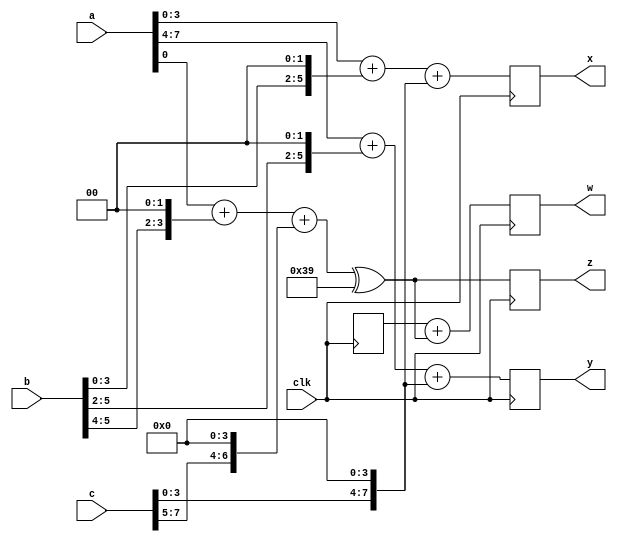

module task_func_test01(clk, a, b, c, x, y, z, w);

input clk;
input [7:0] a, b, c;
output reg [7:0] x, y, z, w;

function [7:0] sum_shift;
input [3:0] s1, s2, s3;
sum_shift = s1 + (s2 << 2) + (s3 << 4);
endfunction

task reset_w;
w = 0;
endtask

task add_to;
output [7:0] out;
input [7:0] in;
out = out + in;
endtask

always @(posedge clk) begin
	x = sum_shift(a, b, c);
	y = sum_shift(a[7:4], b[5:2], c[3:0]);
	z = sum_shift(a[0], b[5:4], c >> 5) ^ sum_shift(1, 2, 3);

	reset_w;
	add_to(w, x);
	add_to(w, y);
	add_to(w, z);
end

endmodule

// -------------------------------------------------------------------

module task_func_test02(clk, a, b, c, x, y, z, w);

input clk;
input [7:0] a, b, c;
output reg [7:0] x, y, z, w;

function [7:0] sum_shift(input [3:0] s1, s2, s3);
sum_shift = s1 + (s2 << 2) + (s3 << 4);
endfunction

task reset_w;
w = 0;
endtask

task add_to(output [7:0] out, input [7:0] in);
out = out + in;
endtask

always @(posedge clk) begin
	x = sum_shift(a, b, c);
	y = sum_shift(a[7:4], b[5:2], c[3:0]);
	z = sum_shift(a[0], b[5:4], c >> 5) ^ sum_shift(1, 2, 3);

	reset_w;
	add_to(w, x);
	add_to(w, y);
	add_to(w, z);
end

endmodule

// -------------------------------------------------------------------

module task_func_test03(input [7:0] din_a, input [7:0] din_b, output [7:0] dout_a);
	assign dout_a = test(din_a,din_b);
	function [7:0] test;
		input [7:0] a;
		input [7:0] b;
		begin : TEST
			integer i;
			for (i = 0; i <= 7; i = i + 1)
				test[i] = a[i] & b[i];
		end
	endfunction
endmodule

// -------------------------------------------------------------------

module task_func_test04(input [7:0] in, output [7:0] out1, out2, out3, out4);
	parameter p = 23;
	parameter px = 42;
	function [7:0] test1;
		input [7:0] i;
		parameter p = 42;
		begin
			test1 = i + p;
		end
	endfunction
	function [7:0] test2;
		input [7:0] i;
		parameter p2 = p+42;
		begin
			test2 = i + p2;
		end
	endfunction
	function [7:0] test3;
		input [7:0] i;
		begin
			test3 = i + p;
		end
	endfunction
	function [7:0] test4;
		input [7:0] i;
		parameter px = p + 13;
		parameter p3 = px - 37;
		parameter p4 = p3 ^ px;
		begin
			test4 = i + p4;
		end
	endfunction
	assign out1 = test1(in);
	assign out2 = test2(in);
	assign out3 = test3(in);
	assign out4 = test4(in);
endmodule

// -------------------------------------------------------------------

// https://github.com/YosysHQ/yosys/issues/857
module task_func_test05(data_in,data_out,clk);
	output reg data_out;
	input data_in;
	input clk;

	task myTask;
		output out;
		input in;
		out = in;
	endtask

	always @(posedge clk) begin
		myTask(data_out,data_in);
	end
endmodule